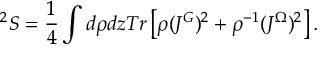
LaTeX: ^ 2 S = \frac { 1 } { 4 } \int d \rho d z T r \left[ \rho ( J ^ { G } ) ^ { 2 } + \rho ^ { - 1 } ( J ^ { \Omega } ) ^ { 2 } \right] .